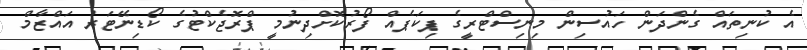
އެ ކުނިތައް ގެންދަން ހައުސިން މިނިސްޓްރީގެ ޕިކަޕެއް ފޯރުކޮށްދިނުމީ ޕްރޮޖެކްޓުގެ ކޯޑިނޭޓަރު އައްޒާމް